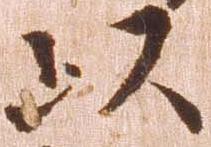
以